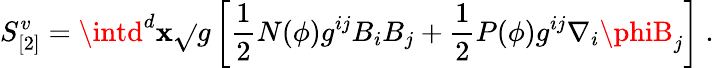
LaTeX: S_{[2]}^{v}=\intd^{d}\mathbf{x}\sqrt{}{{g}}\left[\frac{{1}}{{2}}N(\phi)g^{ij}B_{i}B_{j}+\frac{{1}}{{2}}P(\phi)g^{ij}\nabla_{i}\phiB_{j}\right]~.